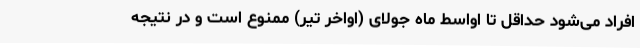
افراد می‌شود حداقل تا اواسط ماه جولای (اواخر تیر) ممنوع است و در نتیجه